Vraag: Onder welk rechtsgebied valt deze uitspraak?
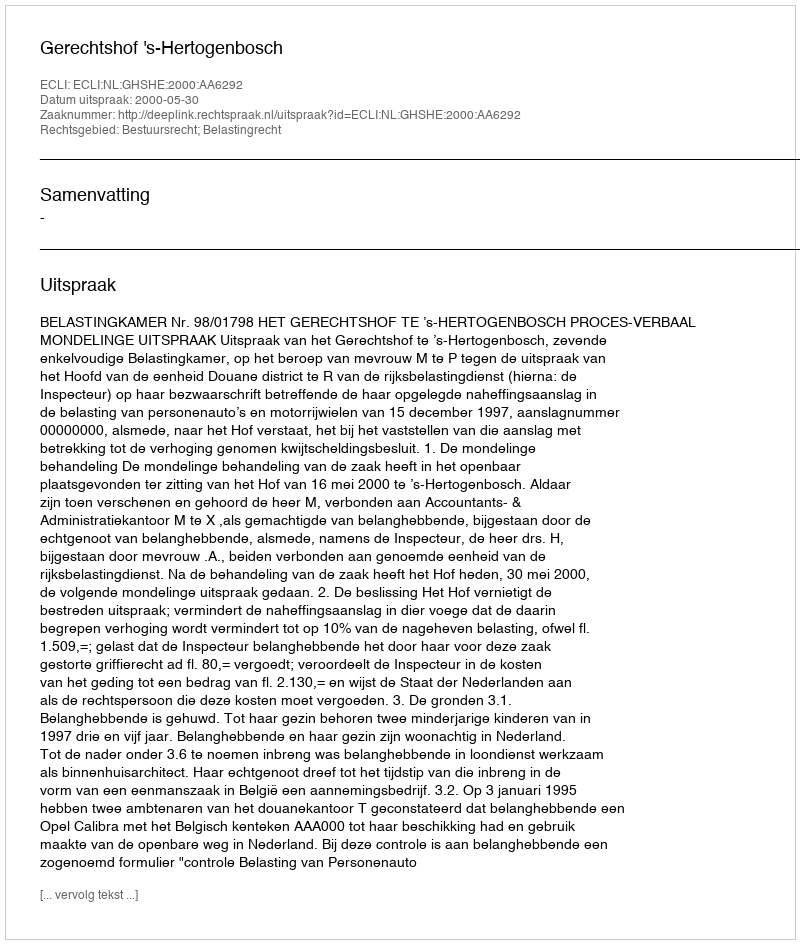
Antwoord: Bestuursrecht; Belastingrecht